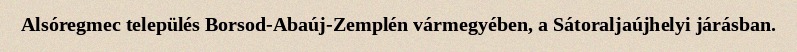
Alsóregmec település Borsod-Abaúj-Zemplén vármegyében, a Sátoraljaújhelyi járásban.